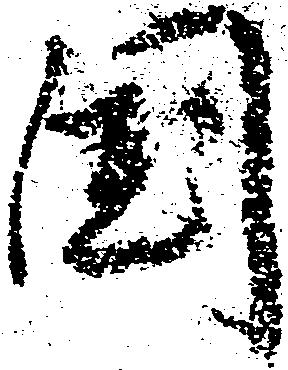
国